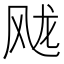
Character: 𲋐